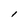
Character: l